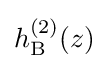
h_{\rm {B}}^{(2)}(z)